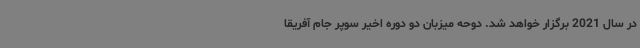
در سال 2021 برگزار خواهد شد. دوحه میزبان دو دوره اخیر سوپر جام آفریقا